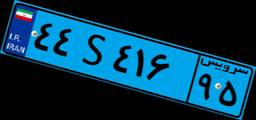
۴۴S۴۱۶۹۵